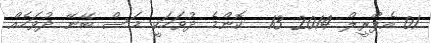
01 އެޕްރީލް 2014 13  ކޮންމެ ދުވަހަކީ މަސް ބޭނޭ ދުވަހެއް